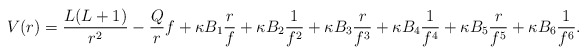
\begin{align*} V(r) = \frac{L(L+1)}{r^2} - \frac{Q}{r} f + \kappa B_1 \frac{r}{f} + \kappa B_2 \frac{1}{f^2} + \kappa B_3 \frac{r}{f^3} + \kappa B_4 \frac{1}{f^4} + \kappa B_5 \frac{r}{f^5} + \kappa B_6 \frac{1}{f^6}. \end{align*}